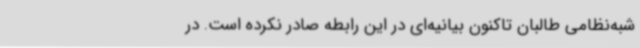
شبه‌نظامی طالبان تاکنون بیانیه‌ای در این رابطه صادر نکرده است. در